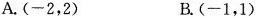
A.(-2，2) B.(-1，1)